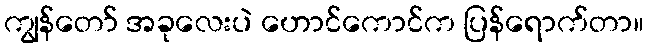
ကျွန်တော် အခုလေးပဲ ဟောင်ကောင်က ပြန်ရောက်တာ။